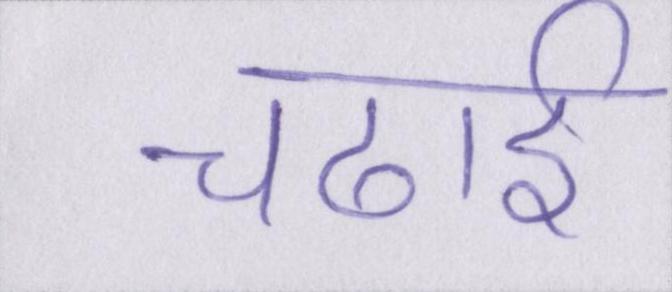
चढाई